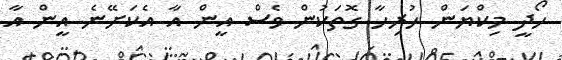
ހޯދީ މިކްޔަން ހުރިހާ ގޮތަކުން ވެސް އީން އާ އެކަށޭނެ އީން އާ